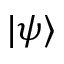
| \psi \rangle